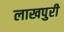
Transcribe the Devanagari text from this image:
लाखपुरी